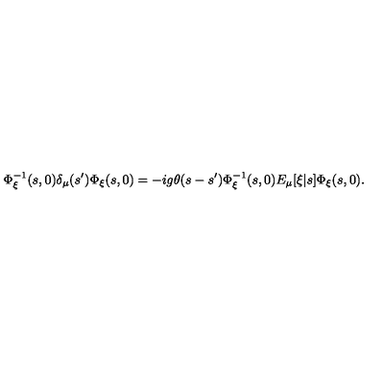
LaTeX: \Phi _ { \xi } ^ { - 1 } ( s , 0 ) \delta _ { \mu } ( s ^ { \prime } ) \Phi _ { \xi } ( s , 0 ) = - i g \theta ( s - s ^ { \prime } ) \Phi _ { \xi } ^ { - 1 } ( s , 0 ) E _ { \mu } [ \xi | s ] \Phi _ { \xi } ( s , 0 ) .